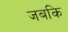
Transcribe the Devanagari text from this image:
जबकि